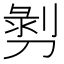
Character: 𭄄